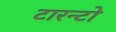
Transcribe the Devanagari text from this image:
टारन्टो